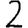
Digit: 2